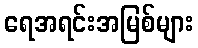
ရေအရင်းအမြစ်များ